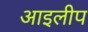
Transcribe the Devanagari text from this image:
आइलीप